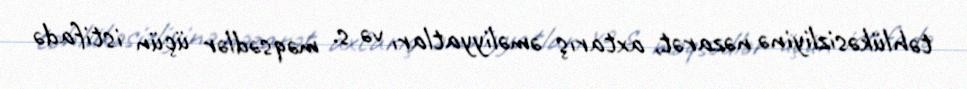
təhlükəsizliyinə nəzarət, axtarış əməliyyatları və s. məqsədlər üçün istifadə